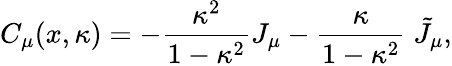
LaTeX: C_{\mu}(x,\kappa)=-\frac{\kappa^{2}}{1-\kappa^{2}}J_{\mu}-\frac\kappa{1-\kappa^{2}}\; \tilde{J}_{\mu},